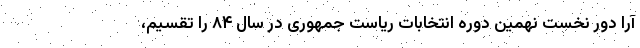
آرا دور نخست نهمین دوره انتخابات ریاست جمهوری در سال ۸۴ را تقسیم،